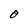
Character: 0